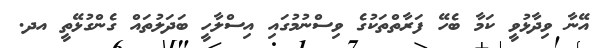
އޭނާ ވިދާޅުވީ ކަމާ ބެހޭ ފަރާތްތަކުގެ ވިސްނުމުގައި އިސްލާހީ ބަދަލުތައް ގެންގުޅޭތީ އދ.